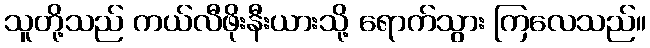
သူတို့သည် ကယ်လီဖိုးနီးယားသို့ ရောက်သွား ကြလေသည်။